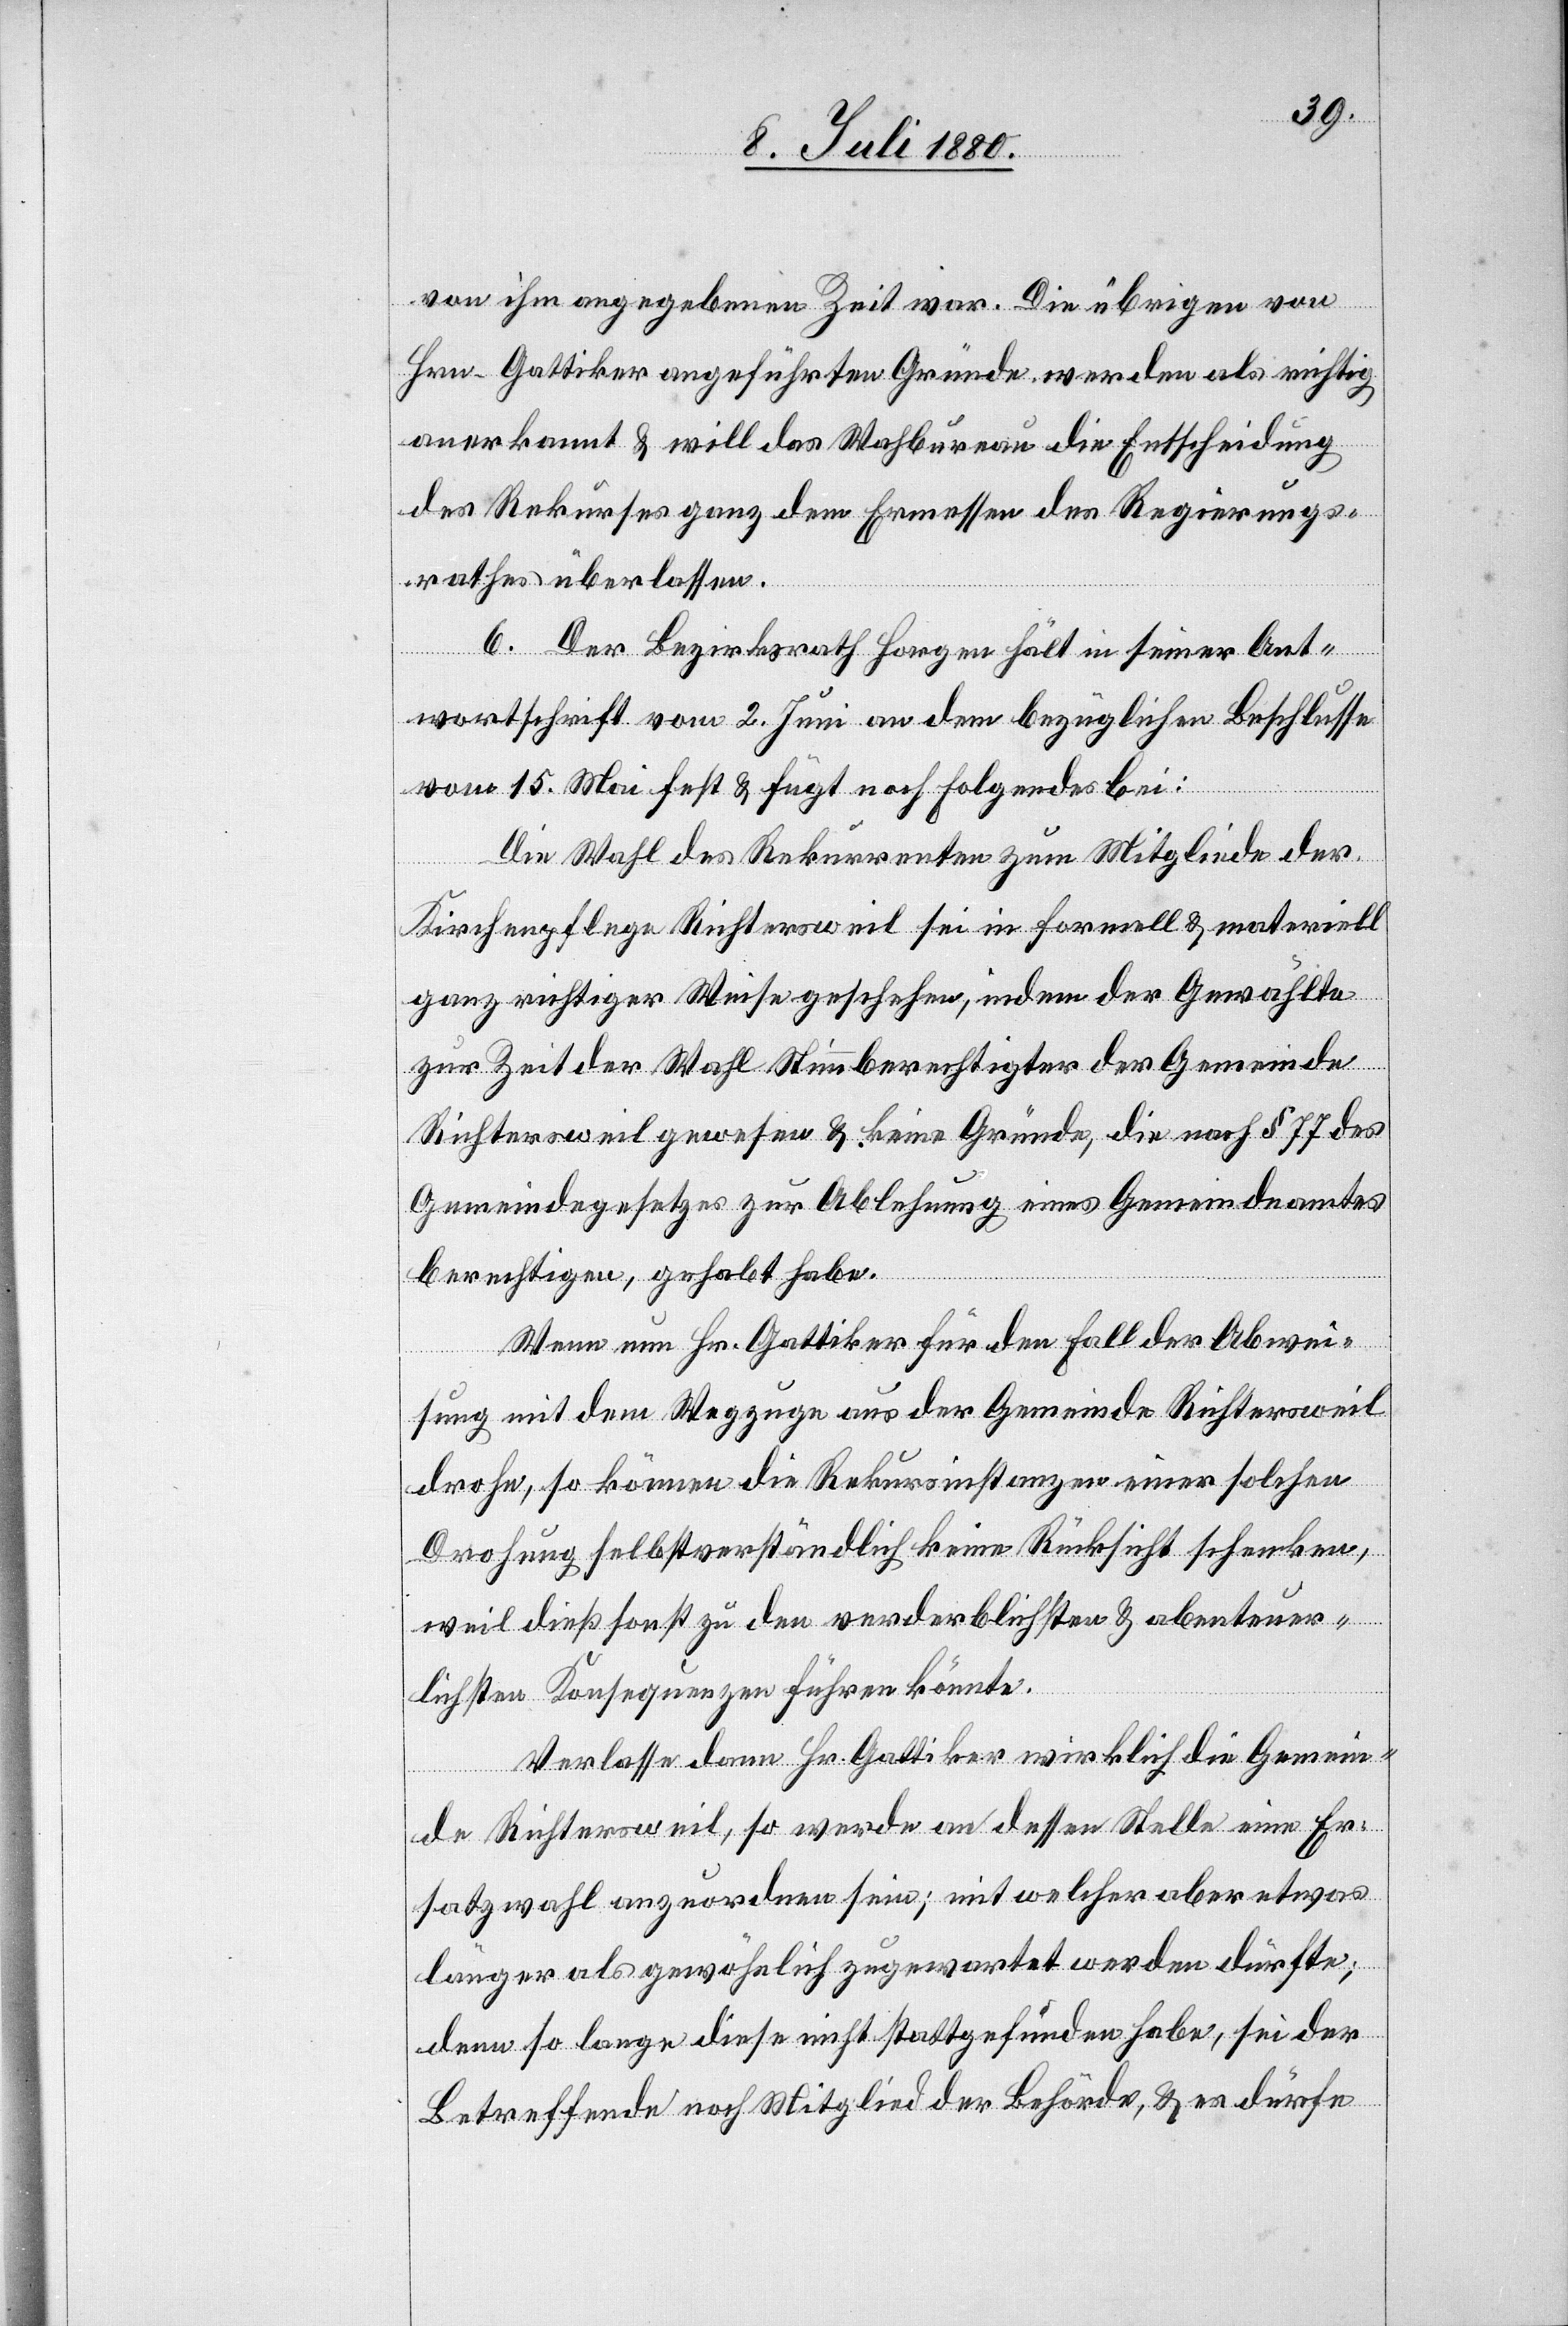
von ihm angegebenen Zeit war. Die übrigen von
Hrn. Gattiker angeführten Gründe werden als richtig
anerkannt & will das Wah[l]bureau die Entscheidung
des Rekurses ganz dem Ermessen des Regierungs¬
rathes überlassen.
6. Der Bezirksrath Horgen hält in seiner Ant¬
wortschrift vom 2. Juni an dem bezüglichen Beschlusse
vom 15. Mai fest & fügt noch Folgendes bei:
Die Wahl des Rekurrenten zum Mitgliede der
Kirchenpflege Richtersweil sei in formell & materiell
ganz richtiger Weise geschehen, indem der Gewählte
zur Zeit der Wahl Stimmberechtigter der Gemeinde
Richtersweil gewesen & keine Gründe, die nach § 77 des
Gemeindegesetzes zur Ablehnung eines Gemeindeamtes
berechtigen, gehabt habe.
Wenn nun Hr. Gattiker für den Fall der Abwei¬
sung mit dem Wegzuge aus der Gemeinde Richtersweil
drohe, so können die Rekursinstanzen einer solchen
Drohung selbstverständlich keine Rücksicht schenken,
weil dieß sonst zu den verderblichsten & abenteuer¬
lichsten Konsequenzen führen könnte.
Verlasse dann Hr. Gattiker wirklich die Gemein¬
de Richtersweil, so werde an dessen Stelle eine Er¬
satzwahl anzuordnen sein; mit welcher aber etwas
länger als gewöhnlich zugewartet werden dürfte;
denn so lange diese nicht stattgefunden habe, sei der
Betreffende noch Mitglied der Behörde, & es dürfe